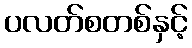
ပလတ်စတစ်နှင့်